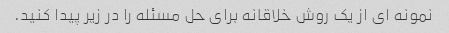
نمونه ای از یک روش خلاقانه برای حل مسئله را در زیر پیدا کنید.